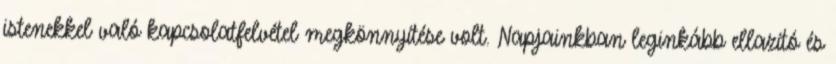
istenekkel való kapcsolatfelvétel megkönnyítése volt. Napjainkban leginkább ellazító és